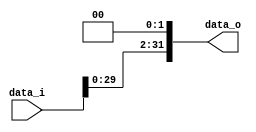
//Subject:      CO project 2 - Shift_Left_Two_32
//--------------------------------------------------------------------------------
//Version:     1
//--------------------------------------------------------------------------------
//Writer:      0416038 _0416326 t 
//----------------------------------------------
//Date:        
//----------------------------------------------
//Description: 
//--------------------------------------------------------------------------------

module Shift_Left_Two_32(
    data_i,
    data_o
    );

//I/O ports                    
input [32-1:0] data_i;
output [32-1:0] data_o;

//shift left 2
assign data_o = data_i << 2;
     
endmodule